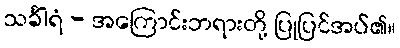
သင်္ခါရံ - အကြောင်းဘရားတို့ ပြုပြင်အပ်၏။